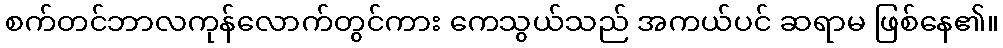
စက်တင်ဘာလကုန်လောက်တွင်ကား ကေသွယ်သည် အကယ်ပင် ဆရာမ ဖြစ်နေ၏။